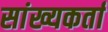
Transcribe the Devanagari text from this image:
सांख्यकर्ता